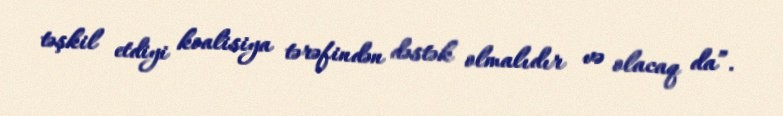
təşkil etdiyi koalisiya tərəfindən dəstək olmalıdır və olacaq da”.